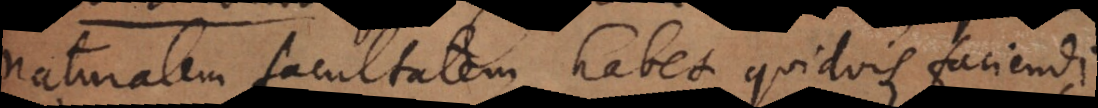
naturalem facultatem habet quidvis faciendi